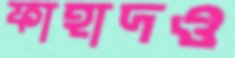
ফাহাদও